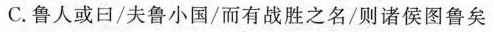
C鲁人或曰/夫鲁小国/而有战胜之名/则诸侯图鲁矣